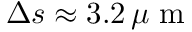
\Delta s \approx 3 . 2 \, \mu \mathrm { ~ m ~ }